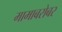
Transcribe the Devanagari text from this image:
मामाबरोबर